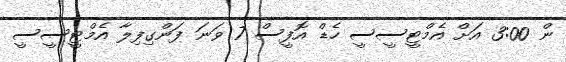
ން 3:00 އަށް އެމްޓީސީސީ ހެޑް އޮފީސް 7 ވަނަ ފަންގިފިލާ އެމްޓީސީސީ